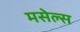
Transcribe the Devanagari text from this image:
मसेल्स